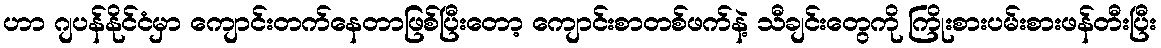
ဟာ ဂျပန်နိုင်ငံမှာ ကျောင်းတက်နေတာဖြစ်ပြီးတော့ ကျောင်းစာတစ်ဖက်နဲ့ သီချင်းတွေကို ကြိုးစားပမ်းစားဖန်တီးပြီး